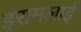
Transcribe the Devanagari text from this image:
इरामलाई